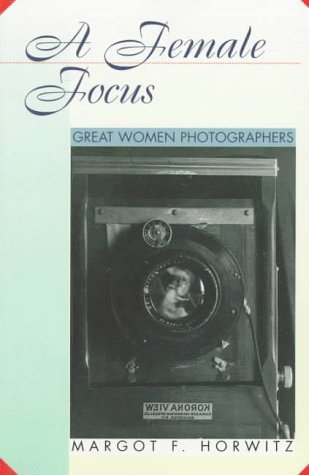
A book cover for A Female Focus: Great Women Photographers (Women Then--Women Now); Margot F. Horwitz; Teen & Young Adult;